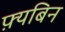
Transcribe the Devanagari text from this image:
फ़्यबिन